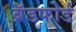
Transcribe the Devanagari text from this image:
ब्रॅडफोर्ड